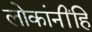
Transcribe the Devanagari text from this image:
लोकांनींहि